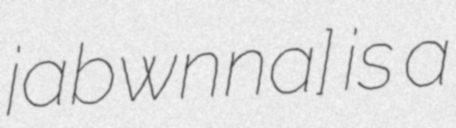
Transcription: jaˈbwɔnna] is a